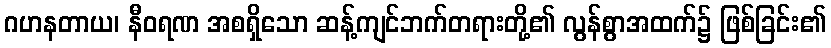
ဂဟနတာယ၊ နီဝရဏ အစရှိသော ဆန့်ကျင်ဘက်တရားတို့၏ လွန်စွာအထက်၌ ဖြစ်ခြင်း၏